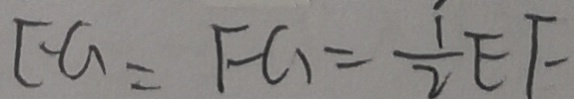
E G = F G = \frac { 1 } { 2 } E F